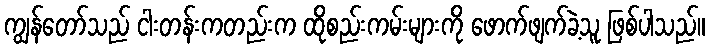
ကျွန်တော်သည် ငါးတန်းကတည်းက ထိုစည်းကမ်းများကို ဖောက်ဖျက်ခဲ့သူ ဖြစ်ပါသည်။